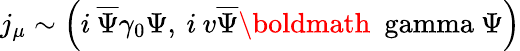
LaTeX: j_{\mu}\sim\left(i\: \overline{{{\Psi}}}\gamma_{0}\Psi,\: i\: v\overline{{{\Psi}}}\mathrm{\boldmath~\ gamma~}\Psi\right)